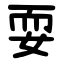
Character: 耍